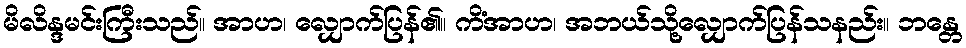
မိလိန္ဒမင်းကြီးသည်။ အာဟ၊ လျှောက်ပြန်၏။ ကိံအာဟ၊ အဘယ်သို့လျှောက်ပြန်သနည်း။ ဘန္တေ